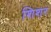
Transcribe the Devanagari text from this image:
शिशर